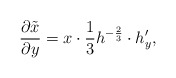
\begin{align*}\frac{\partial \tilde x}{\partial y} = x\cdot \frac{1}{3} h^{-\frac{2}{3}}\cdot h_y',\end{align*}